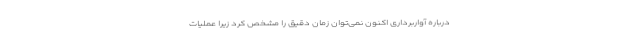
درباره آواربرداری اکنون نمی‌توان زمان دقیق را مشخص کرد زیرا عملیات